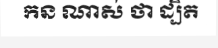
កន ណាស់ ថា ដ្បិត